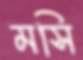
মসি